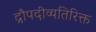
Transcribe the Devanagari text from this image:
द्रौपदीव्यतिरिक्त